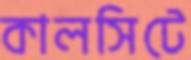
কালসিটে